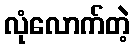
လုံလောက်တဲ့